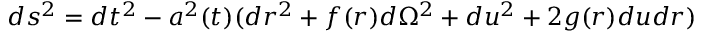
d s ^ { 2 } = d t ^ { 2 } - a ^ { 2 } ( t ) ( d r ^ { 2 } + f ( r ) d \Omega ^ { 2 } + d u ^ { 2 } + 2 g ( r ) d u d r )